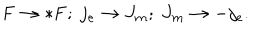
LaTeX: { \bf F } \rightarrow * { \bf F } ; \ j _ { e } \rightarrow J _ { m } ; \ J _ { m } \rightarrow - j _ { e } .